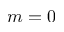
m = 0